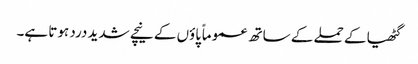
گٹھیا کے حملے کے ساتھ عموماً پاؤں کے نیچے شدید درد ہوتا ہے۔